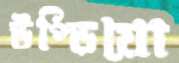
উপ্‌ড়িয়ো